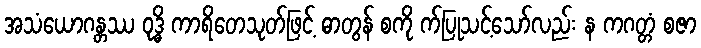
အသံယောဂန္တဿ ဝုဒ္ဓိ ကာရိတေသုတ်ဖြင့် ဓာတွန် စကို က်ပြုသင့်သော်လည်း န ကဂတ္တံ စဇာ